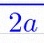
2a